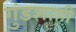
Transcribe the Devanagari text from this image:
गुंडशाही